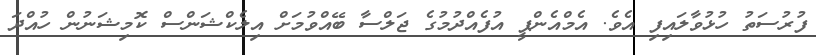
ފުރުސަތު ހުޅުވާލައިފި އެވެ. އެމްއެންޕީ އުފެއްދުމުގެ ޖަލްސާ ބޭއްވުމަށް އިލެކްޝަންސް ކޮމިޝަނުން ހުއްދަ